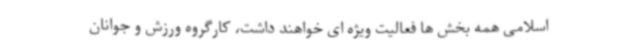
اسلامی همه بخش ها فعالیت ویژه ای خواهند داشت، کارگروه ورزش و جوانان